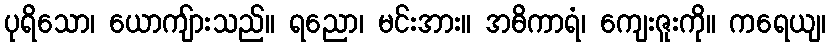
ပုရိသော၊ ယောကျ်ားသည်။ ရညော၊ မင်းအား။ အဓိကာရံ၊ ကျေးဇူးကို။ ကရေယျ၊